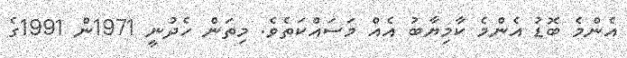
އެންމެ ބޮޑު އެންމެ ކާމިޔާބު އެއް މަސައްކަތެވެ. މިތަން ހެދުނީ 1971ން 1991ގެ